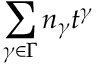
\sum _ { \gamma \in \Gamma } n _ { \gamma } t ^ { \gamma }